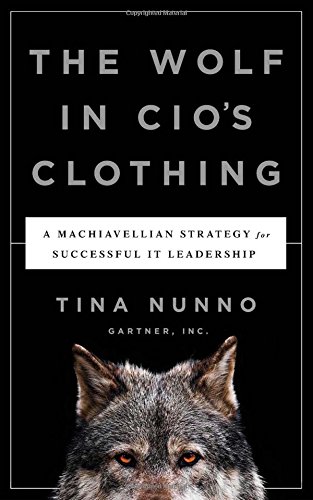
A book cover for The Wolf in CIO's Clothing; Tina Nunno; Business & Money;